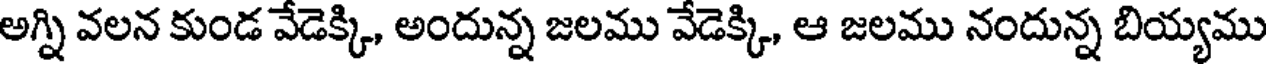
అగ్ని వలన కుండ వేడెక్కి, అందున్న జలము వేడెక్కి, ఆ జలము నందున్న బియ్యము